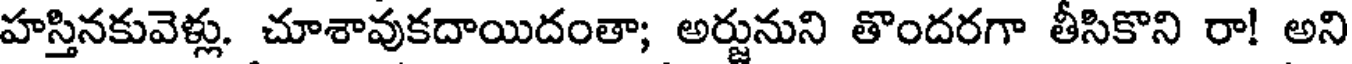
హస్తినకువెళ్లు. చూశావుకదాయిదంతా; అర్జునుని తొందరగా తీసికొని రా! అని